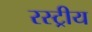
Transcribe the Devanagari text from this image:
रस्ट्रीय